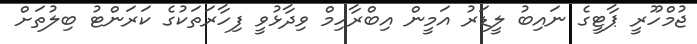
ޖުމްހޫރީ ޕާޓީގެ ނައިބު ލީޑަރު އަމީން އިބްރާހިމް ވިދާޅުވީ ފިހާރަތަކުގެ ކަރަންޓު ބިލުތަށް